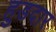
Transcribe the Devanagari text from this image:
हुडदार